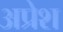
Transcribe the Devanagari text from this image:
अप्रेश